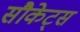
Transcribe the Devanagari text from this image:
सौकेट्स